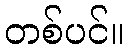
တစ်ပင်။